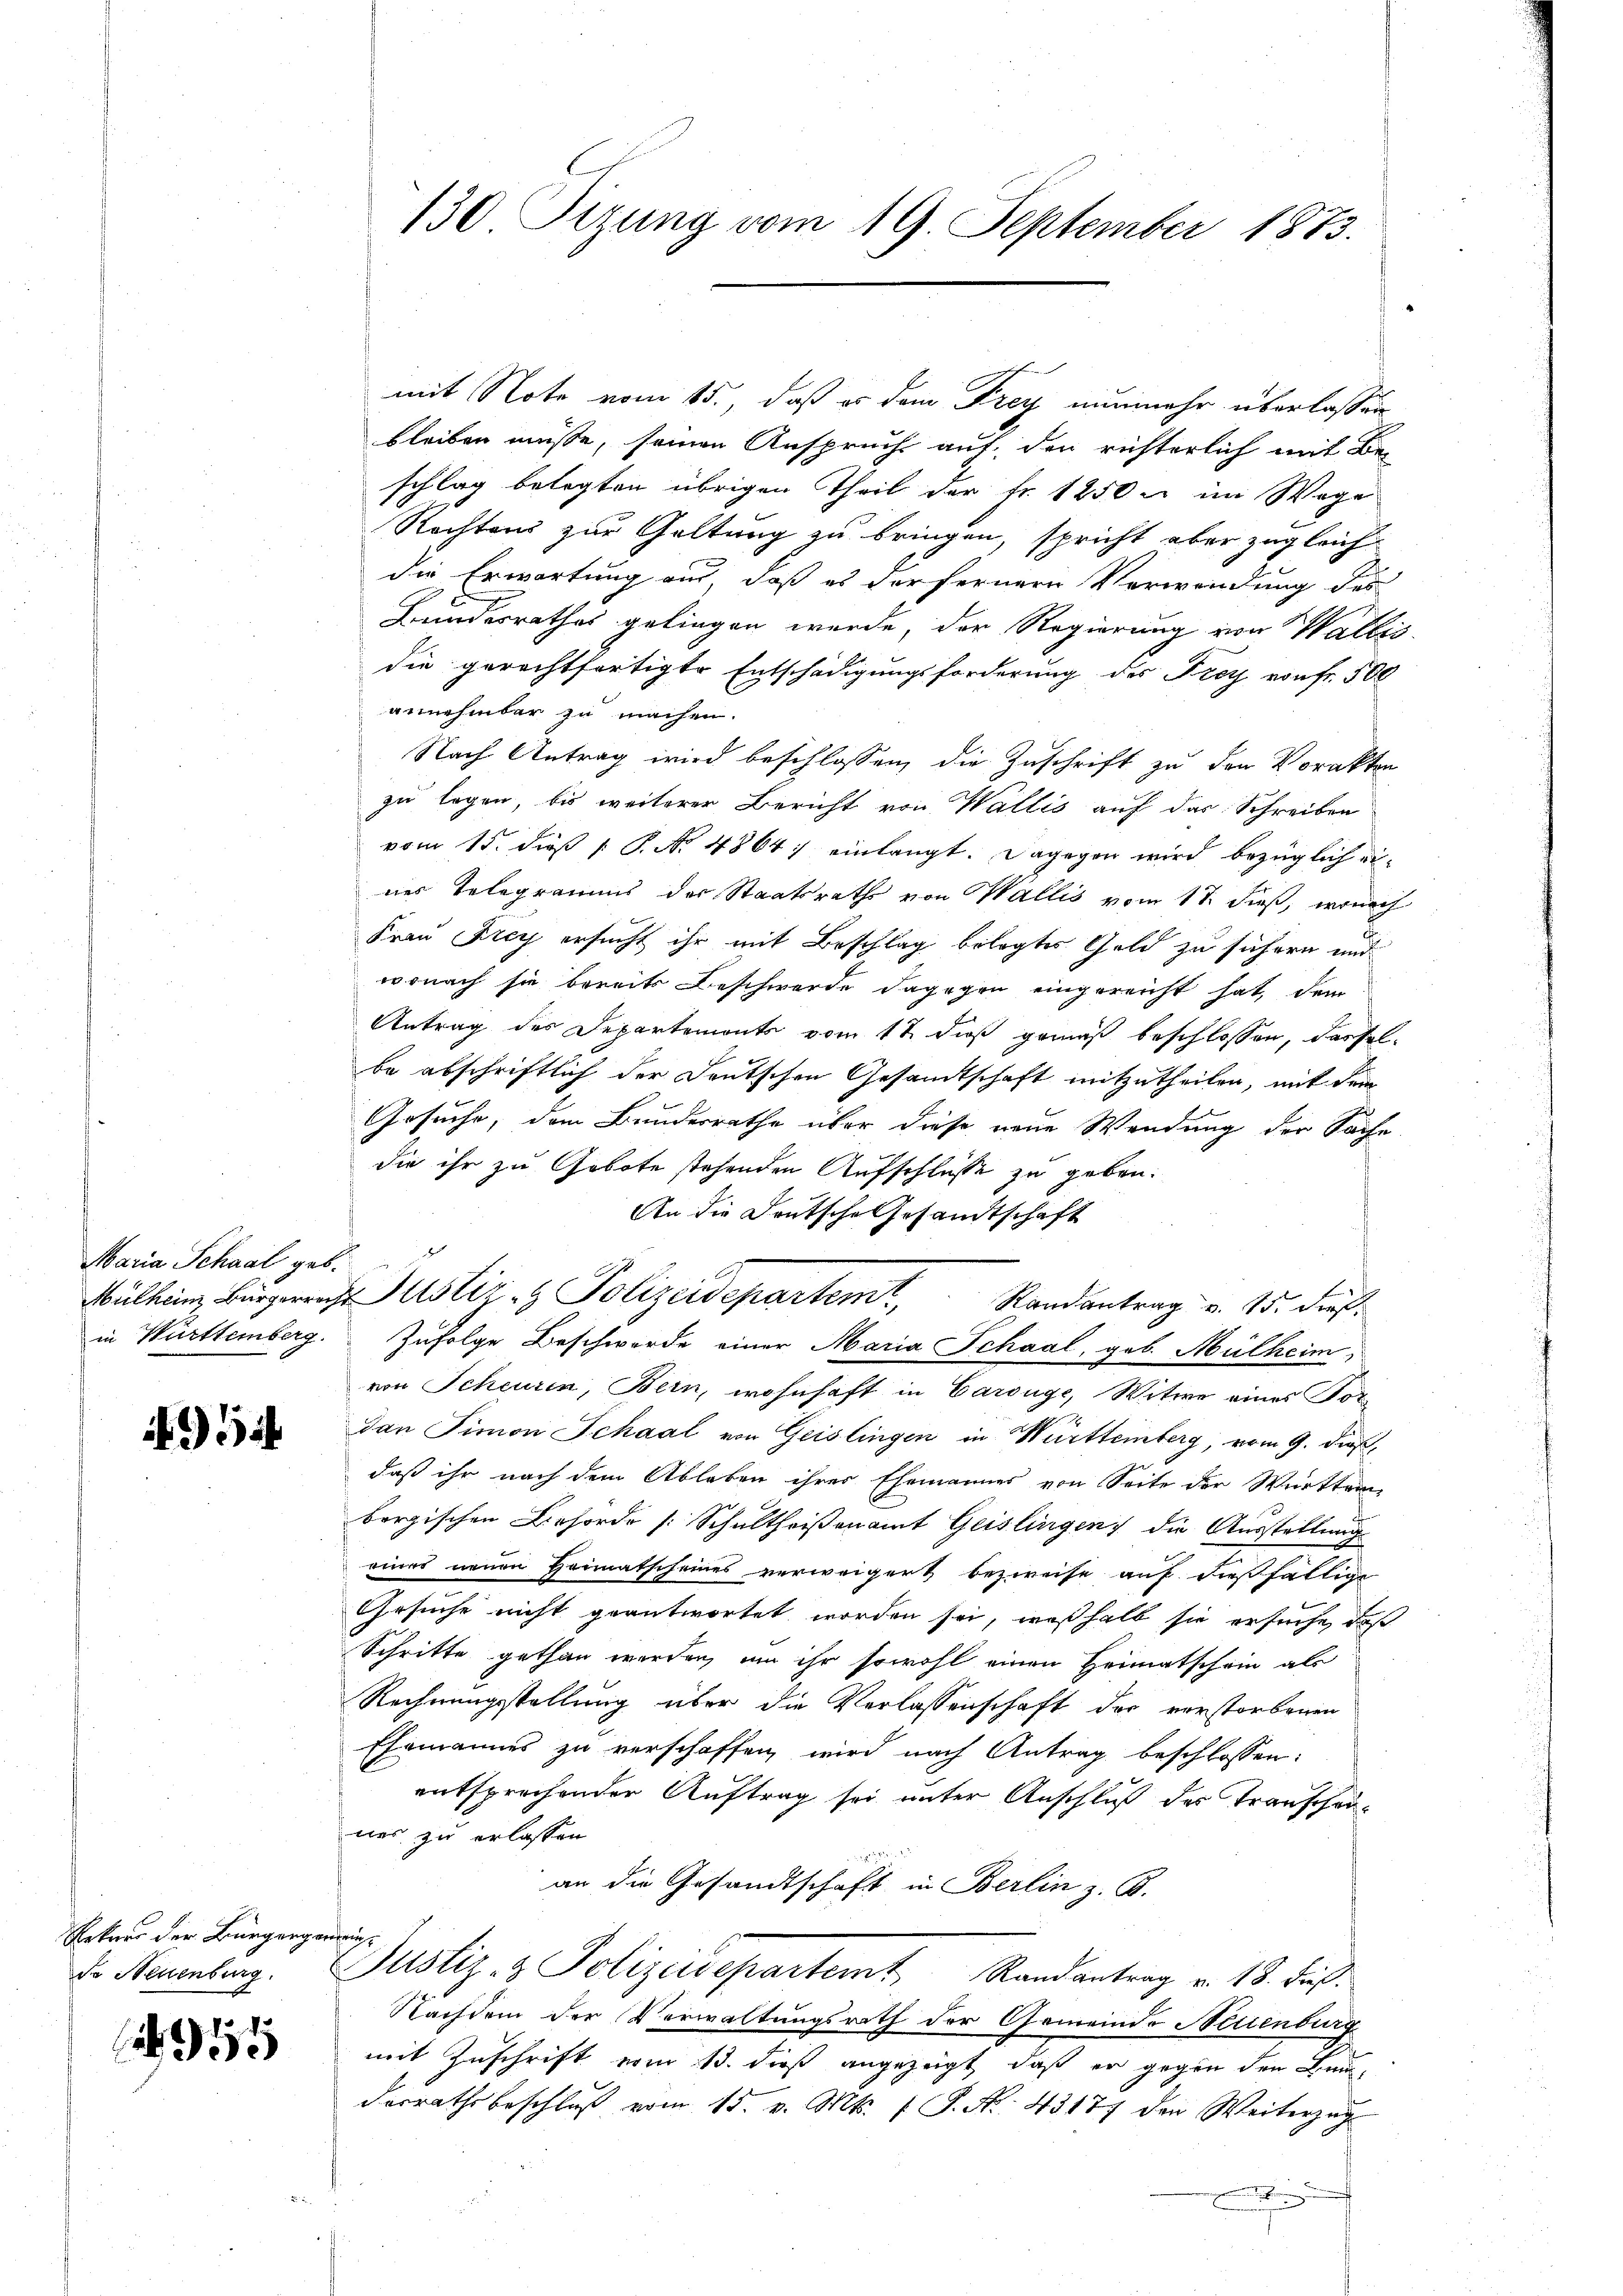
Maria Schaal geb.

52

Rekurs der Bürgerg
de Neuenburg.

55

130 Sizung vom 19. September 1873.

mit Note vom 15., daß es dem Frey nunmehr überlassen
bleiben müsse, seinen Anspruch auf, den richterlich mit Be-
schlag belegten übrigen Theil der Fr. 1250 u. im Wage
Rechtens zur Geltung zu bringen, spricht aber zugleich
die Erwartung aus, daß es der fernern Verwendung des
Bundesrathes gelingen wurde, der Regierung von Wallis
die gerechtfertigte Entschädigungsforderung des Frey von fr. 500
annehmbar zu machen.
Nach Antrag wird beschlossen, die Zuschrift zu den Vorakten
zu legen, bis weiterer Bericht von Wallis auf das Schreiben
vom 15. dieß [ P. Nr. 4864) einlangt. Dagegen wird bezüglich eines Telegramms der Staatsraths von Wallis vom 17. dieß, wonach
Frau Frey ersucht ihr mit Beschlag belegtes Geld zu sichern und
wonach sie bereits Beschwerde dagegen eingereicht hat, dem
Antrag des Departemonts vom 12. dieß gemäß beschlossen, dasselbe abschriftlich der Deutschen Gesandtschaft mitzutheilen, mit dem
Gesuche, dem Bundesrathe über diese neue Wendung der Sache
die ihr zu Gebote stehenden Aufschlüsse zu geben.
An die Deutsche Gesandtschaft
Mülhein Bürgerrecht Zustiz & Polizeidepartem Randantrag v. 15. dieß
in Württemberg. Zufolge Beschwerde einer Maria Schaal, geb. Mülheim,
von Scheuren, Bern, wohnhaft in Carouge, Witwe eines Vordan Simon Schaal von Geislingen in Württemberg, vom 9. dieß,
daß ihr nach dem Ableben ihrer Ehemannes von Seite der Württem
bergischen Behörde [Schultheisenamt Geislingen, die Ausstellung
eines neuen Heimatscheines verweigert bezweise auf dießfällige
Gesuche nicht geantwortet worden sei, weßhalb sie ersuche, daß
Schritte gethan werden, um ihr sowohl einen Heimatschein als
Rechnungsstellung über die Verlassenschaft der verstorbenen
Ehemannes zu verschaffen wird nach Antrag beschlossen:
entsprechender Auftrag sei unter Anschluß des Transchauwas zu erlassen.
25
an die Gesandtschaft in Berlin z. B.
ensein
Justiz- & Polizeisepartemt Randantrag v. 18. dieβ.
Nachdem der Verwaltungsrath der Gemeinde Netienburg
mit Zuschrift vom 13. dieß angezeigt, daß er gegen den Bau-
derrathe beschlŭβ vom 15. v. Mts. f. P. Nr. 43177 den Weiterzŭg
.